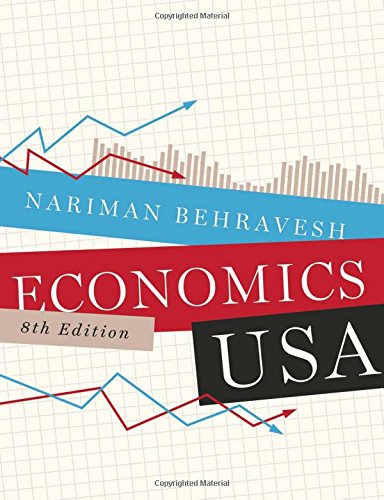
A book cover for Economics USA (Eighth Edition); Nariman Behravesh; Business & Money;